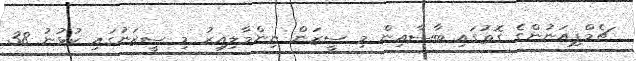
ޗެމްޕިއަނުންގެ ގޮތުގައި ބާސާއިން މި ސީޒަން ނިންމާލިއިރު މި ސީޒަނުގައި ކުޅުނު 38